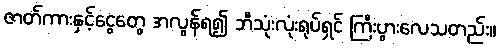
ဇာတ်ကားနှင့်ငွေတွေ အလွန်ရ၍ ဘီသုံးလုံးရုပ်ရှင် ကြီးပွားလေသတည်း။